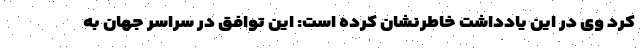
کرد وی در این یادداشت خاطرنشان کرده است: این توافق در سراسر جهان به